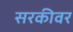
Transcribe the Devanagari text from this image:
सरकीवर